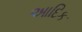
આદિક